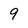
Character: 9